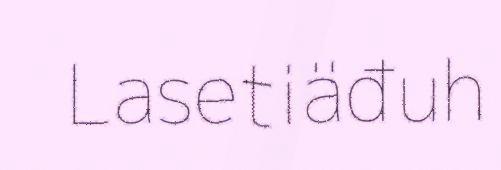
Lasetiäđuh